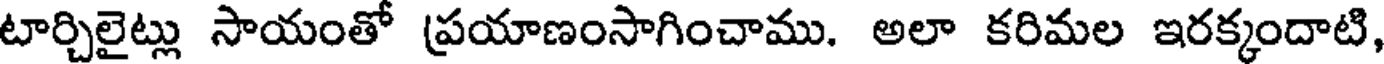
టార్చిలైట్లు సాయంతో ప్రయాణంసాగించాము. అలా కరిమల ఇరక్కందాటి,